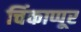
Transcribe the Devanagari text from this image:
चिंकाप्पूर